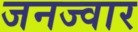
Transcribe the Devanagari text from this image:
जनज्वार